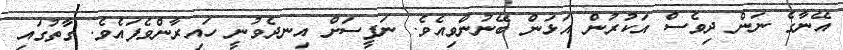
އޭނާގެ ނަން ދިވެސް އަކުރުން އަޅަން ބޭނުންވިއެވެ. ނަފީސަށް އިނދެވުނީ ހައިރާންވެފައެވެ. ގާތުގައި